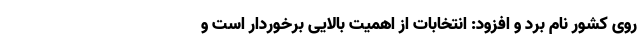
روی کشور نام برد و افزود: انتخابات از اهمیت بالایی برخوردار است و